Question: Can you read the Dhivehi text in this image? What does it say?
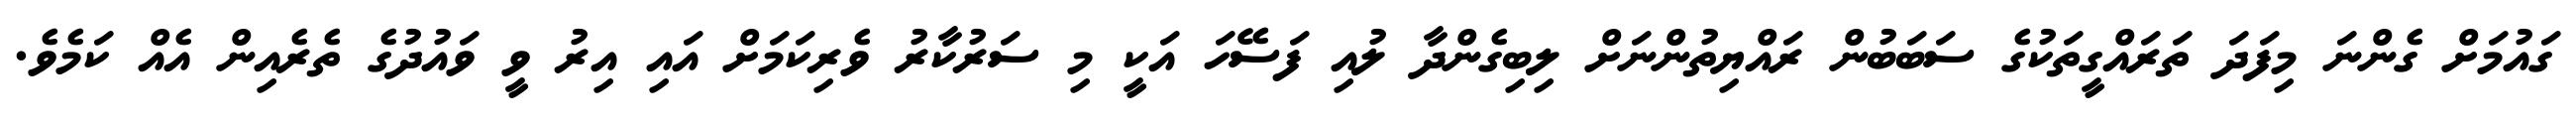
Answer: ގައުމަށް ގެންނަ މިފަދަ ތަރައްގީތަކުގެ ސަބަބުން ރައްޔިތުންނަށް ލިބިގެންދާ ލުއި ފަސޭހަ އަކީ މި ސަރުކާރު ވެރިކަމަށް އައި އިރު ވީ ވައުދުގެ ތެރެއިން އެއް ކަމެވެ.